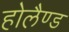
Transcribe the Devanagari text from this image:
होलैण्ड